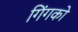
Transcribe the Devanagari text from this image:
गिंगको